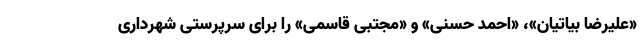
«علیرضا بیاتیان»، «احمد حسنی» و «مجتبی قاسمی» را برای سرپرستی شهرداری